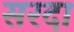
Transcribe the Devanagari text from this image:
सरदा